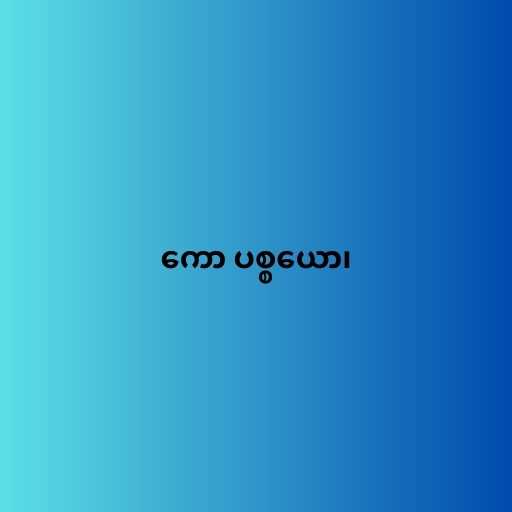
ကော ပစ္စယော၊